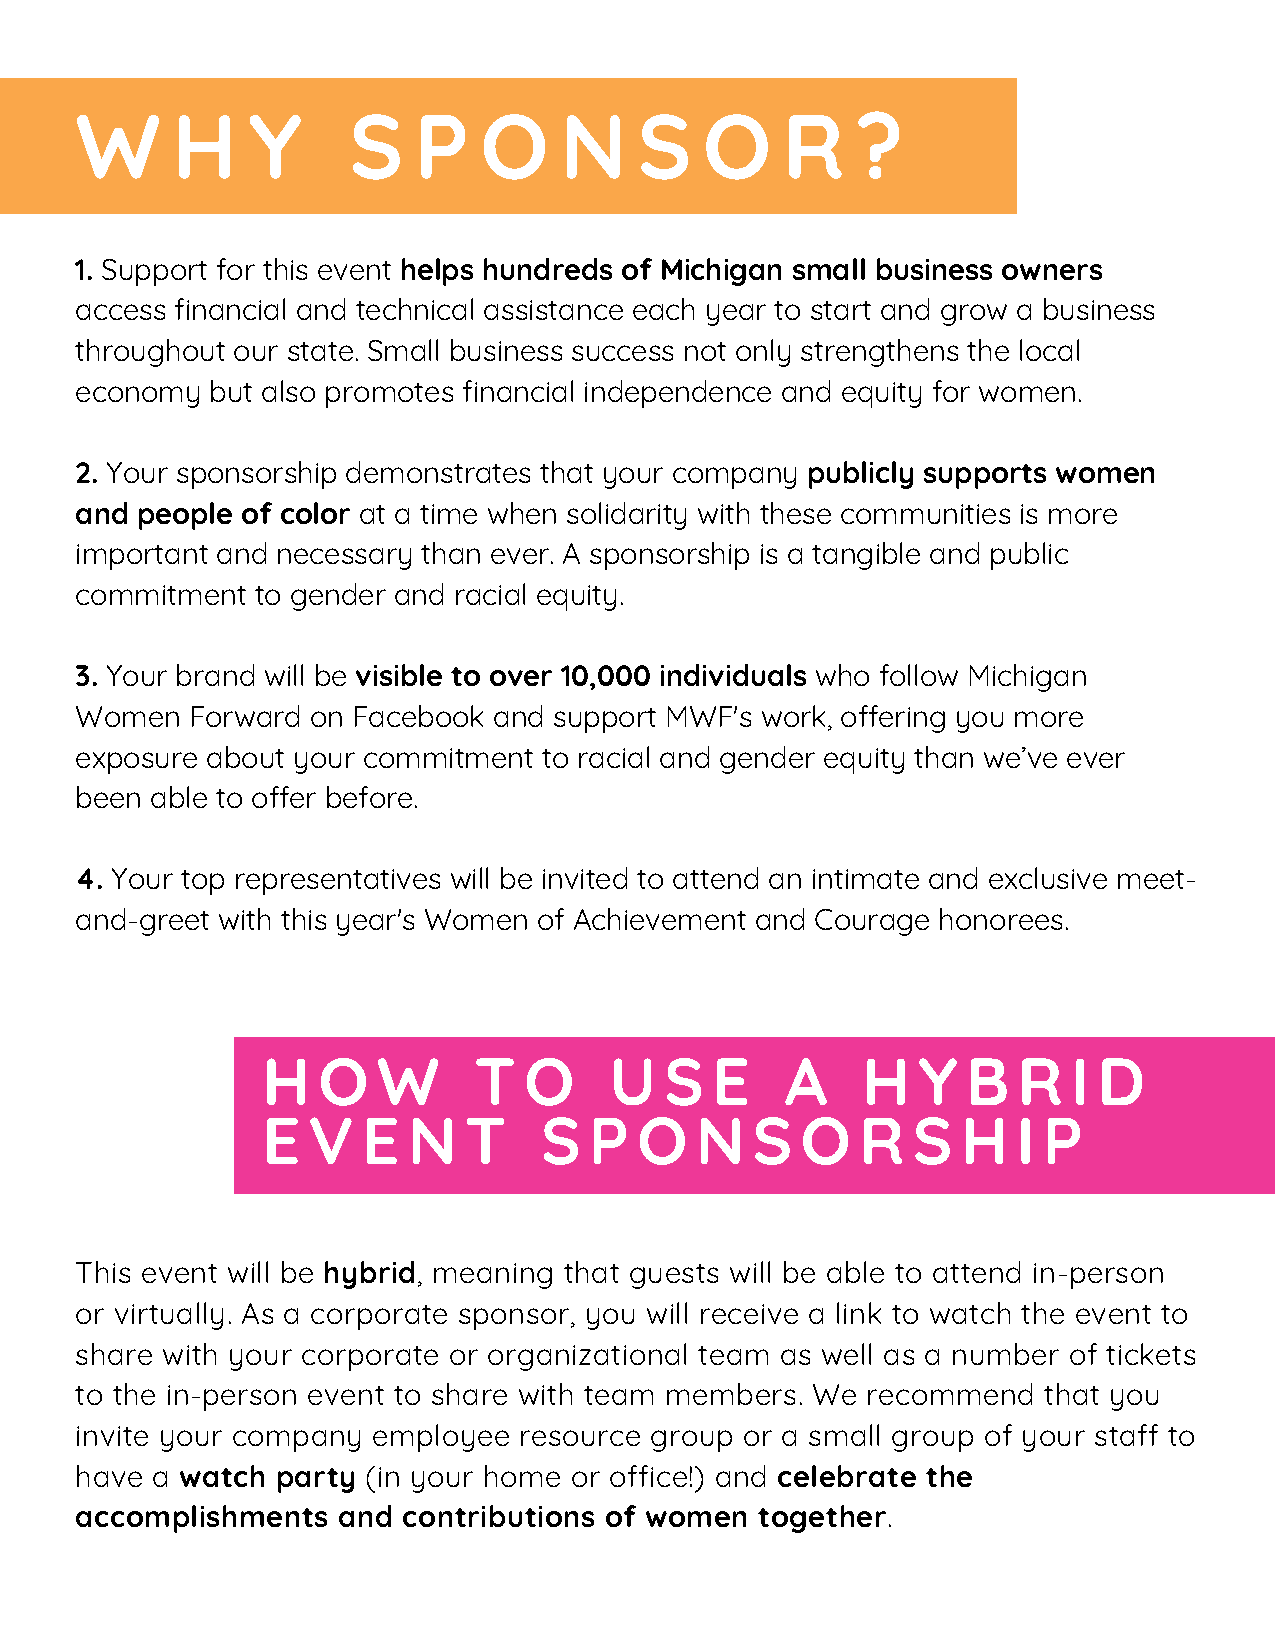
W     H    Y      S   P    O    N    S    O    R    ?
 1. Support for this event helps hundreds of Michigan small business owners
 access financial and technical assistance each year to start and grow a business
 throughout our state. Small business success not only strengthens the local
 economy  but also promotes financial independence and equity for women.
 2. Your sponsorship demonstrates that your company publicly supports women
 and people of color at a time when solidarity with these communities is more
 important and necessary than ever. A sponsorship is a tangible and public
 commitment  to gender and racial equity.
 3. Your brand will be visible to over 10,000 individuals who follow Michigan
 Women  Forward  on Facebook and support MWF's work, offering you more
 exposure about your commitment to racial and gender equity than we’ve ever
 been able to offer before.
 4. Your top representatives will be invited to attend an intimate and exclusive meet-
 and-greet with this year's Women of Achievement and Courage honorees.
 H   O   W     T   O    U   S  E    A    H   Y  B  R   I D
 E  V   E  N   T    S  P  O   N   S  O   R  S   H  I P
 This event will be hybrid, meaning that guests will be able to attend in-person
 or virtually. As a corporate sponsor, you will receive a link to watch the event to
 share with your corporate or organizational team as well as a number of tickets
 to the in-person event to share with team members. We recommend that you
 invite your company employee resource group or a small group of your staff to
 have a watch party (in your home or office!) and celebrate the
 accomplishments  and  contributions of women together.